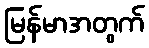
မြန်မာအတွက်